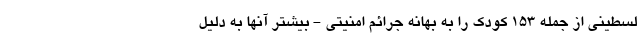
لسطینی از جمله 153 کودک را به بهانه جرائم امنیتی - بیشتر آنها به دلیل